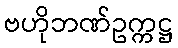
ဗဟိုဘဏ်ဥက္ကဋ္ဌ